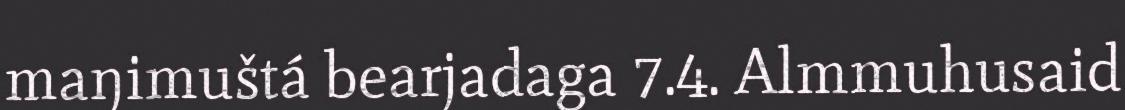
maŋimuštá bearjadaga 7.4. Almmuhusaid